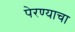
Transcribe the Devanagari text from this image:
पेरण्याचा